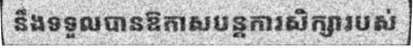
នឹងទទួលបានឱកាសបន្តការសិក្សារបស់